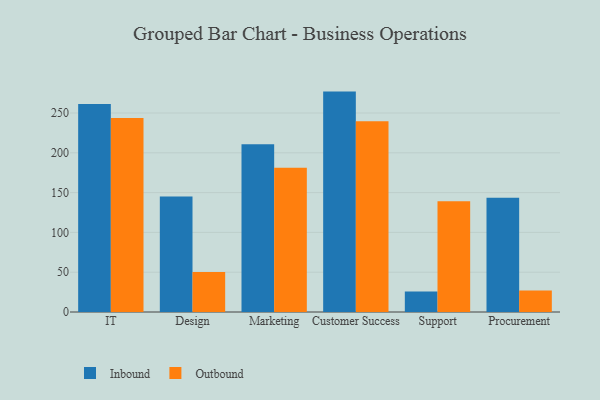
{"axis": {"x": "Department", "y": "Churn Rate (%)"}, "legend": ["Inbound", "Outbound"], "data": [{"x": "IT", "y": 261.2, "type": "Inbound"}, {"x": "IT", "y": 243.6, "type": "Outbound"}, {"x": "Design", "y": 145.0, "type": "Inbound"}, {"x": "Design", "y": 50.1, "type": "Outbound"}, {"x": "Marketing", "y": 210.6, "type": "Inbound"}, {"x": "Marketing", "y": 181.1, "type": "Outbound"}, {"x": "Customer Success", "y": 276.9, "type": "Inbound"}, {"x": "Customer Success", "y": 239.5, "type": "Outbound"}, {"x": "Support", "y": 25.7, "type": "Inbound"}, {"x": "Support", "y": 139.1, "type": "Outbound"}, {"x": "Procurement", "y": 143.6, "type": "Inbound"}, {"x": "Procurement", "y": 27.0, "type": "Outbound"}]}